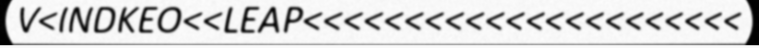
V<INDKEO<<LEAP<<<<<<<<<<<<<<<<<<<<<<